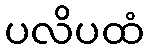
ပလိပထံ